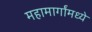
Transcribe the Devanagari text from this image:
महामार्गांमध्ये